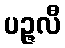
ပဉ္ဇလီ